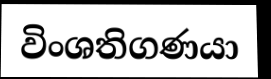
විංශතිගණයා